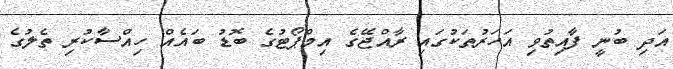
އަދި ބުނީ ފާއިތުވި އަހަރުތަކުގައި ރާއްޖޭގެ އިމްޕޯޓުގެ ބޮޑު ބައެއް ހިއްސާކުރި ތެލުގެ